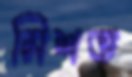
মিশত